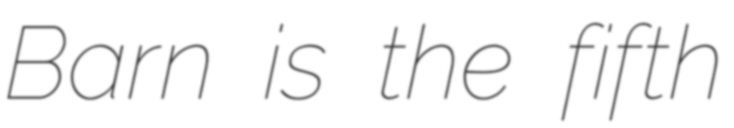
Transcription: Barn is the fifth